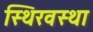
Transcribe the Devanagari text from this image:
स्थिरवस्था